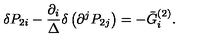
\delta P _ { 2 i } - \frac { \partial _ { i } } \Delta \delta \left( \partial ^ { j } P _ { 2 j } \right) = - \bar { G } _ { i } ^ { ( 2 ) } .